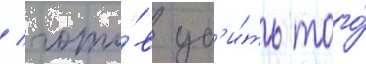
/ гото́в уб'и́ть того́